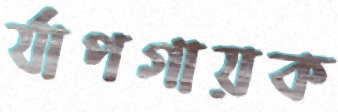
র‍্যাপগায়ক